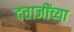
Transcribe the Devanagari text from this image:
दत्ताजींच्या